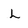
Character: L